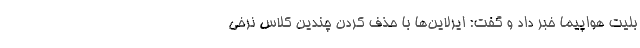
بلیت هواپیما خبر داد و گفت: ایرلاین‌ها با حذف کردن چندین کلاس نرخی